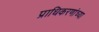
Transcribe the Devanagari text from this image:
प्राधिकरणांच्या